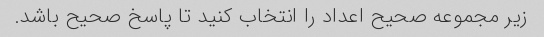
زیر مجموعه صحیح اعداد را انتخاب کنید تا پاسخ صحیح باشد.